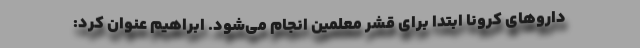
داروهای کرونا ابتدا برای قشر معلمین انجام می‌شود. ابراهیم عنوان کرد: